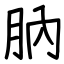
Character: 肭